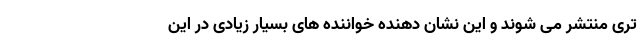
تری منتشر می شوند و این نشان دهنده خواننده های بسیار زیادی در این